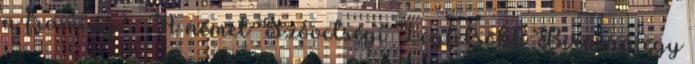
a framing? – A német Szövetségi Legfelsőbb Bíróság egy